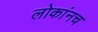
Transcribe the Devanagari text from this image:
लोकांनच